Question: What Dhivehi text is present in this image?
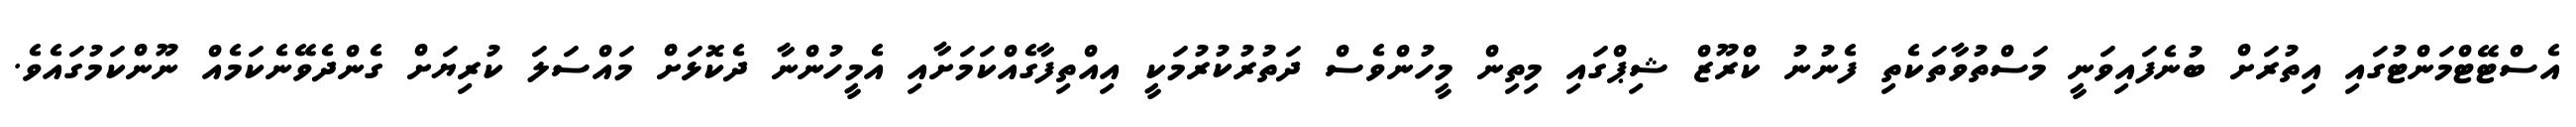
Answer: އެސްޓޭޓްމަންޓުގައި އިތުރަށް ބުނެފައިވަނީ މަސްތުވާތަކެތި ފެނުނު ކްރޫޒް ޝިޕްގައި މިތިން މީހުންވެސް ދަތުރުކުރުމަކީ އިއްތިފާގެއްކަމަށާއި އެމީހުންނާ ދެކޮޅަށް މައްސަލަ ކުރިޔަށް ގެންދެވޭނެކަމެއް ނޫންކަމުގައެވެ.